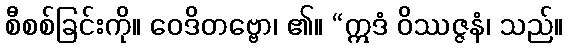
စီစစ်ခြင်းကို။ ဝေဒိတဗ္ဗော၊ ၏။ “ဣဒံ ဝိဿဇ္ဇနံ၊ သည်။